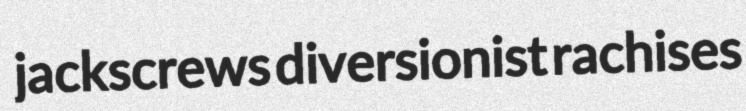
jackscrews diversionist rachises